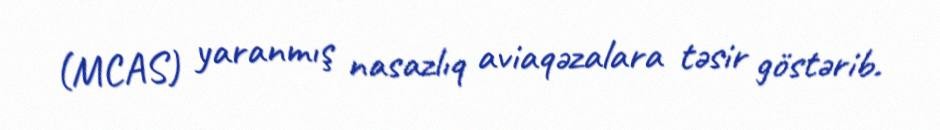
(MCAS) yaranmış nasazlıq aviaqəzalara təsir göstərib.